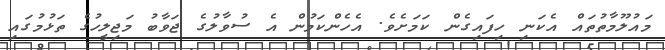
މައުލޫމާތުތައް އެކަނި ހިފައިގެން ކަމަށެވެ. އެހެންކަމުން އެ ސުވާލުގެ ޖަވާބު މަޖިލީހުގެ ތަޅުމުގައި